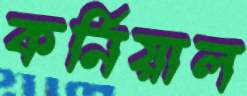
কর্নিয়াল